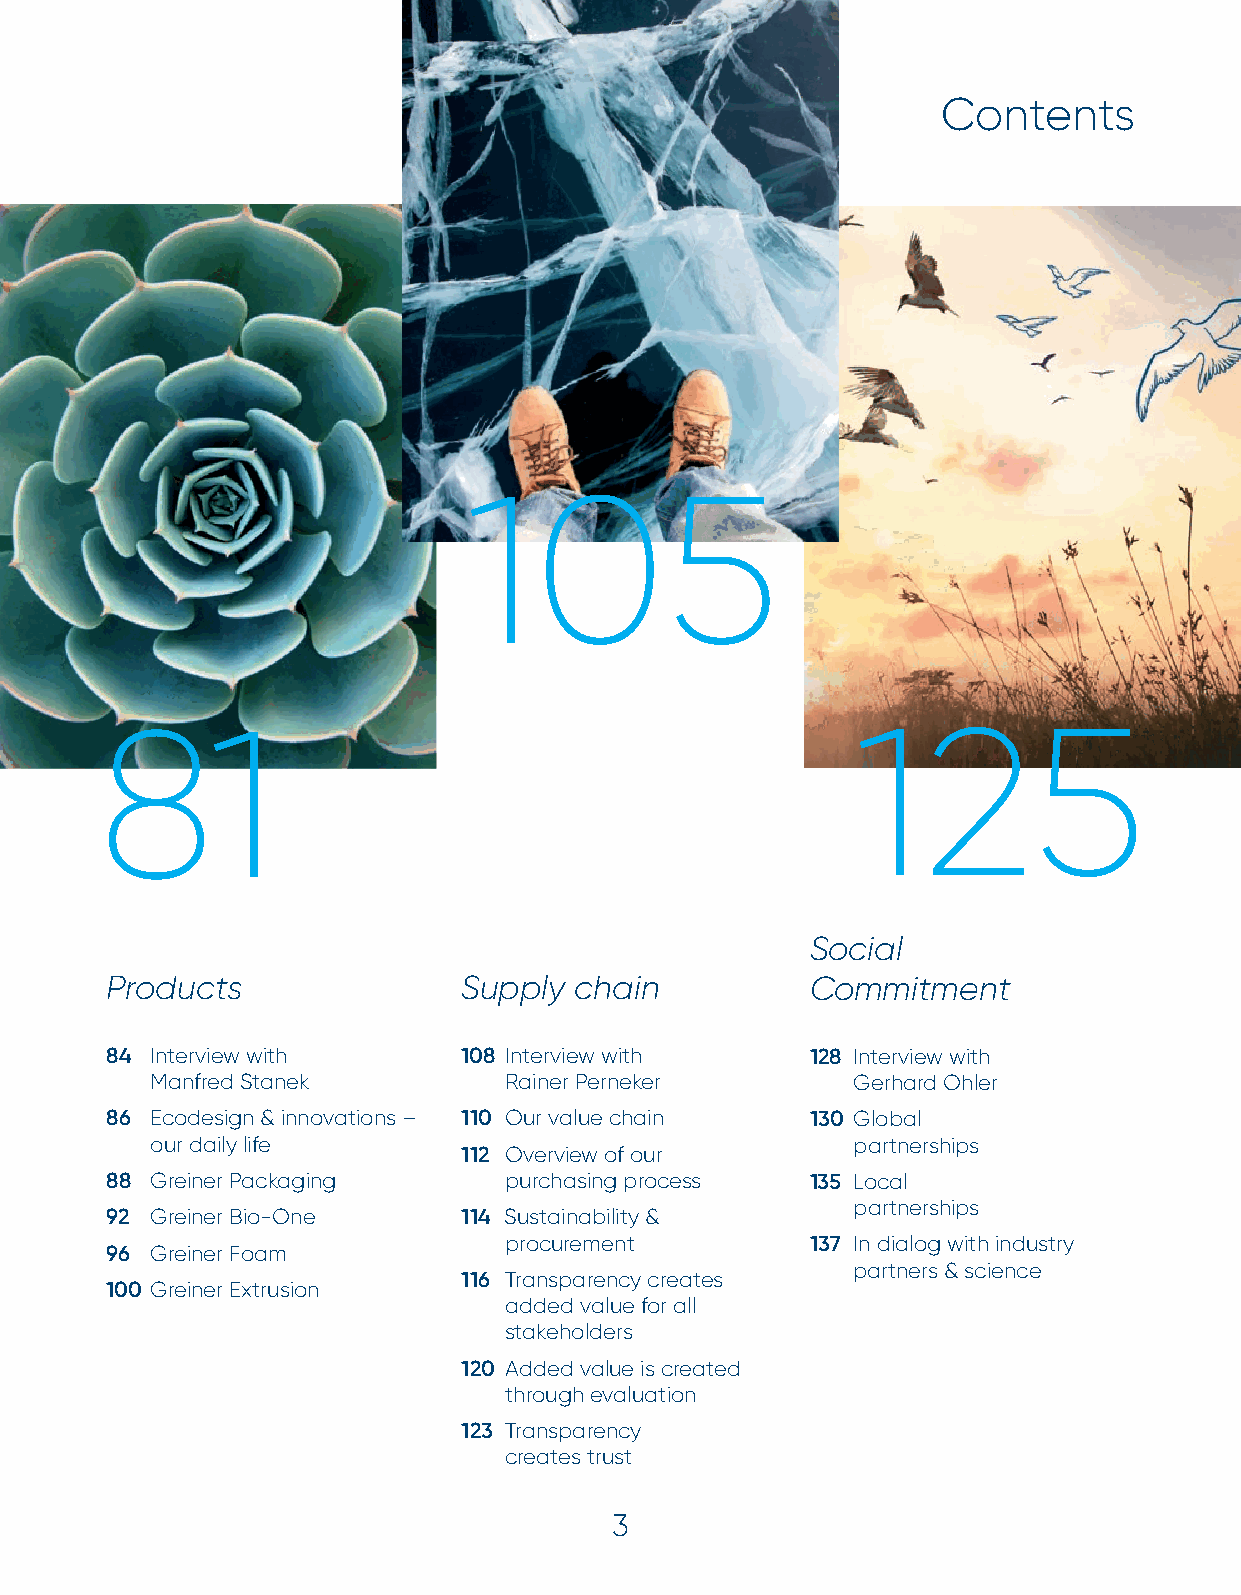
Introduction
 Contents
 105
 81                                                125
 Social
 Products                Supply chain           Commitment
 84 Interview with       108 Interview with     128 Interview with
 Manfred Stanek         Rainer Perneker        Gerhard Ohler
 86 Ecodesign & innovations – 110 Our value chain 130 Global
 our daily life                                partnerships
 112 Overview of our
 88 Greiner Packaging      purchasing process   135 Local
 partnerships
 92 Greiner Bio-One      114 Sustainability &
 procurement          137 In dialog with industry
 96 Greiner Foam
 partners & science
 116 Transparency creates
 100 Greiner Extrusion
 added value for all
 stakeholders
 120 Added value is created
 through evaluation
 123 Transparency
 creates trust
 3